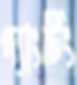
গ্যাংটিং